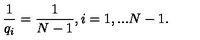
\frac { 1 } { q _ { i } } = \frac { 1 } { N - 1 } , i = 1 , . . . N - 1 .